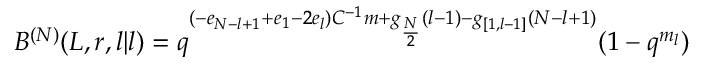
B ^ { ( N ) } ( L , r , l | l ) = q ^ { ( - e _ { N - l + 1 } + e _ { 1 } - 2 e _ { l } ) C ^ { - 1 } m + g _ { \frac { N } { 2 } } ( l - 1 ) - g _ { [ 1 , l - 1 ] } ( N - l + 1 ) } ( 1 - q ^ { m _ { l } } )